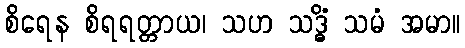
စိရေန စိရရတ္တာယ၊ သဟ သဒ္ဓိံ သမံ အမာ။